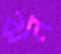
ঝন